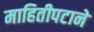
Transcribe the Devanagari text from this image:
माहितीपटाने